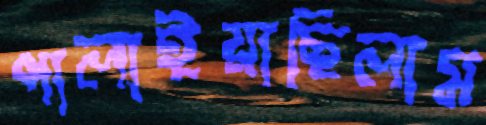
পালাইয়াছিলাম